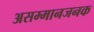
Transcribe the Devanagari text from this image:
असम्मानजनक